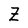
Character: Z